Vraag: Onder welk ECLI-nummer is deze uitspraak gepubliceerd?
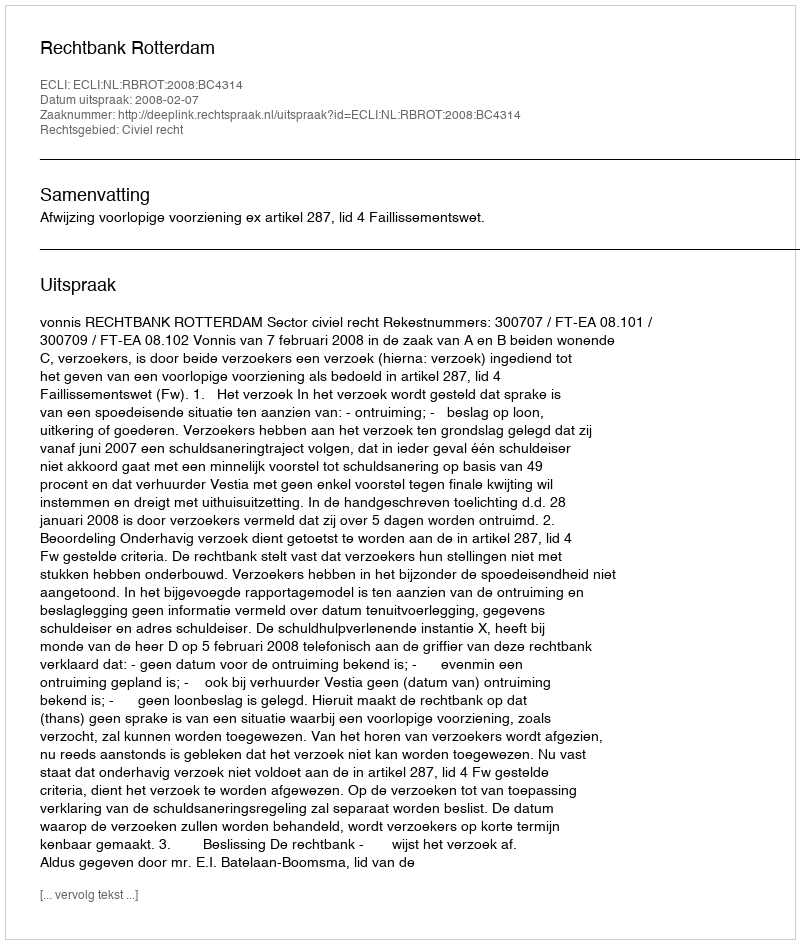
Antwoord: ECLI:NL:RBROT:2008:BC4314